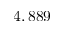
4 , 8 8 9